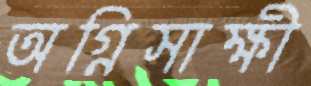
অগ্নিসাক্ষী